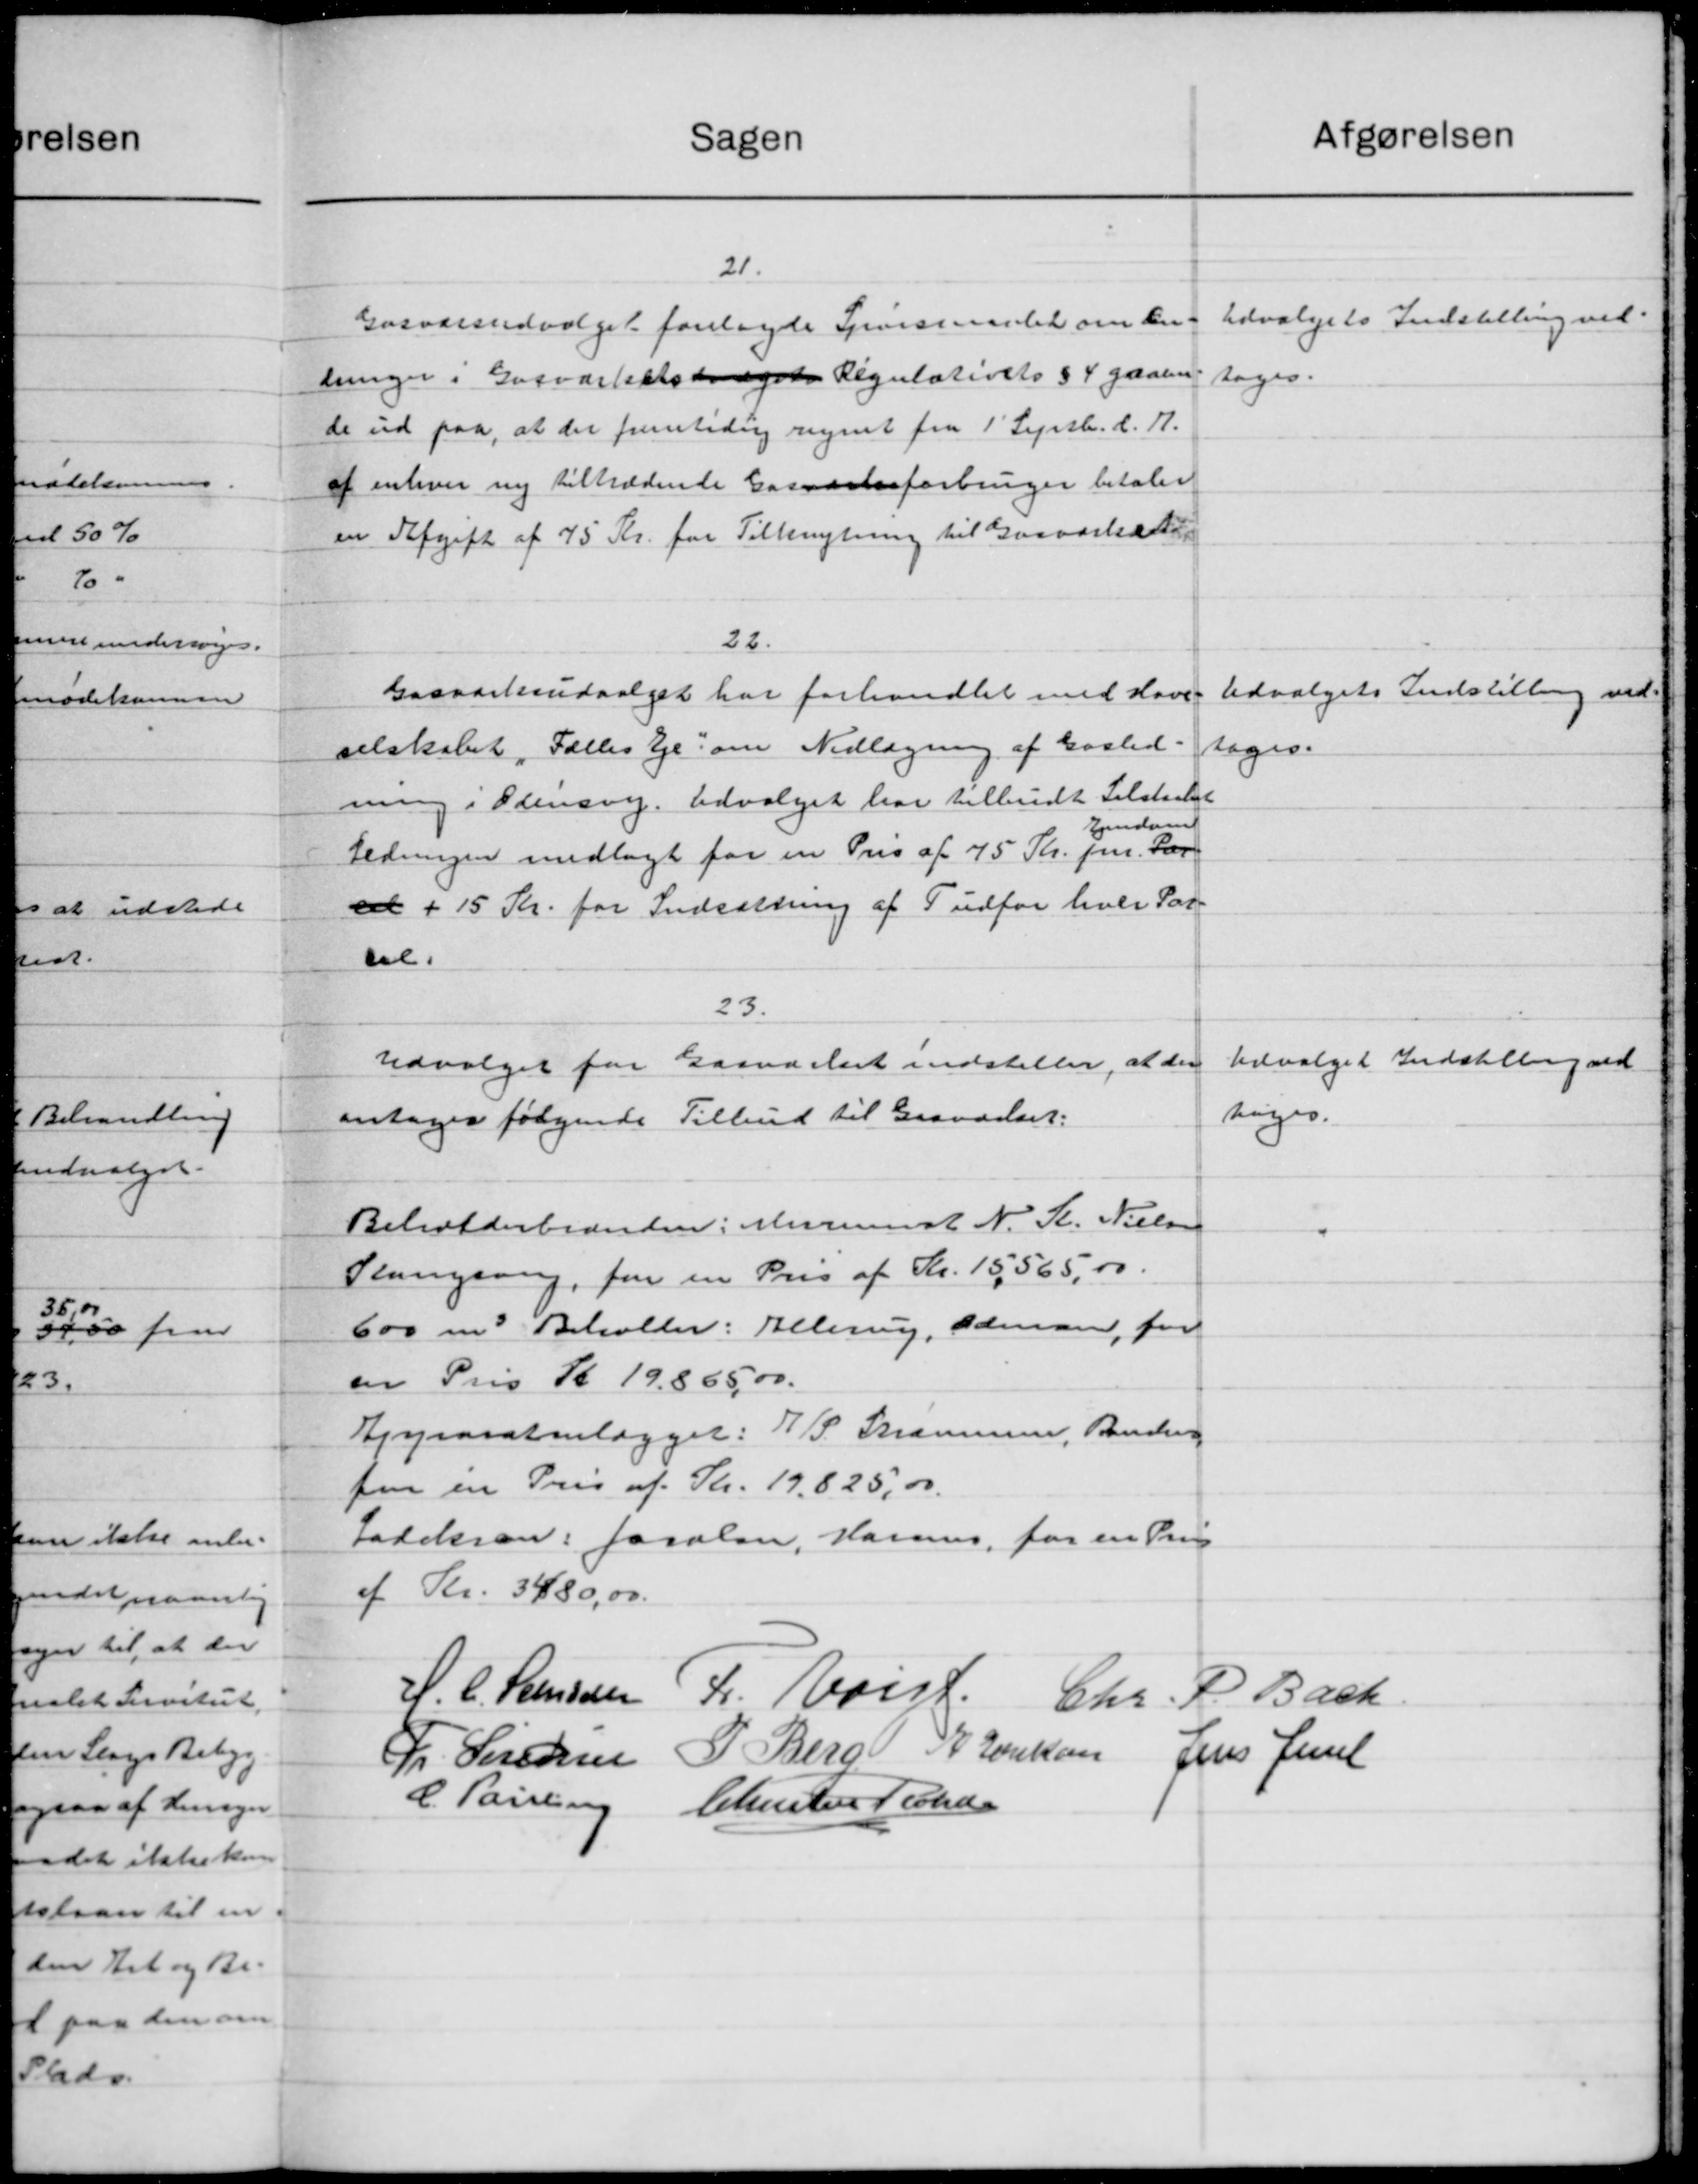
Transskription:
afgørelsen
Sagen
21.
Udvalgets Indstilling ved
Gasværsudvalget forelagde Spørsraadet om En-
dringer i Gasværkelsdaget Regulativets § 4 gaaen
tages.
de ud paa, at der fremtidig regnet fra 1' Septb. d. A.
af enhver ny tiltrædende Gasværkseforbruger betaler
en Afgift af 75 Kr. for Tilknytning til Gaavartale
22
Udvalgets Indstilling ved
Gasværksudvalget har forhandlet med Have-
tages.
selskabet, Fælles Eje om Nedlægning af Gasled
ning i Odensvej. Udvalget har tilbudt Selstaaet
Ejendom
Ledningen medlagt for en Pris af 75 Kr. pr. Lær
eet + 15 Kr. for Indsattning af Tudfør hver Par-
el.
23.
Udvalget Indstilling ved
Udvalget for Gasværket indstiller, at den
tiges.
antages følgende Tilbud til Gravelset:
Beholderbrænden: Minist N. S. Nielsen
Slangsang, for en Pris af Kr. 15,565,00
600 m. Beholder: Allering, Odens for
en Pris Kl 19.865,00.
Ajyrasatenlægget: J. P. Thammen, Randen
for en Pris af Skr. 19.825,00
Jadekran: Jacolen, Harms for en Pris
af Kr. 3480,00.
H. C. Sanssen L. vist Chr. P. Bach
Fr. Sørensen P. Berg N. Jacksen Jens Juel
C. Poulsen
Christen Seche